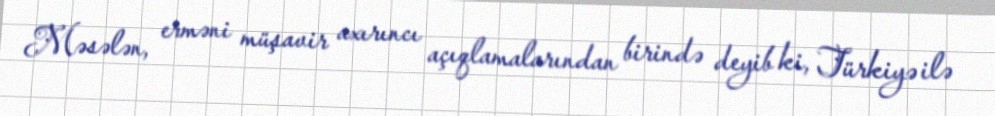
Məsələn, erməni müşavir axırıncı açıqlamalarından birində deyib ki, Türkiyə ilə